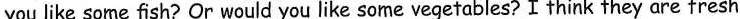
you like some fish? Or would you like some vegetables? I think they are fresh